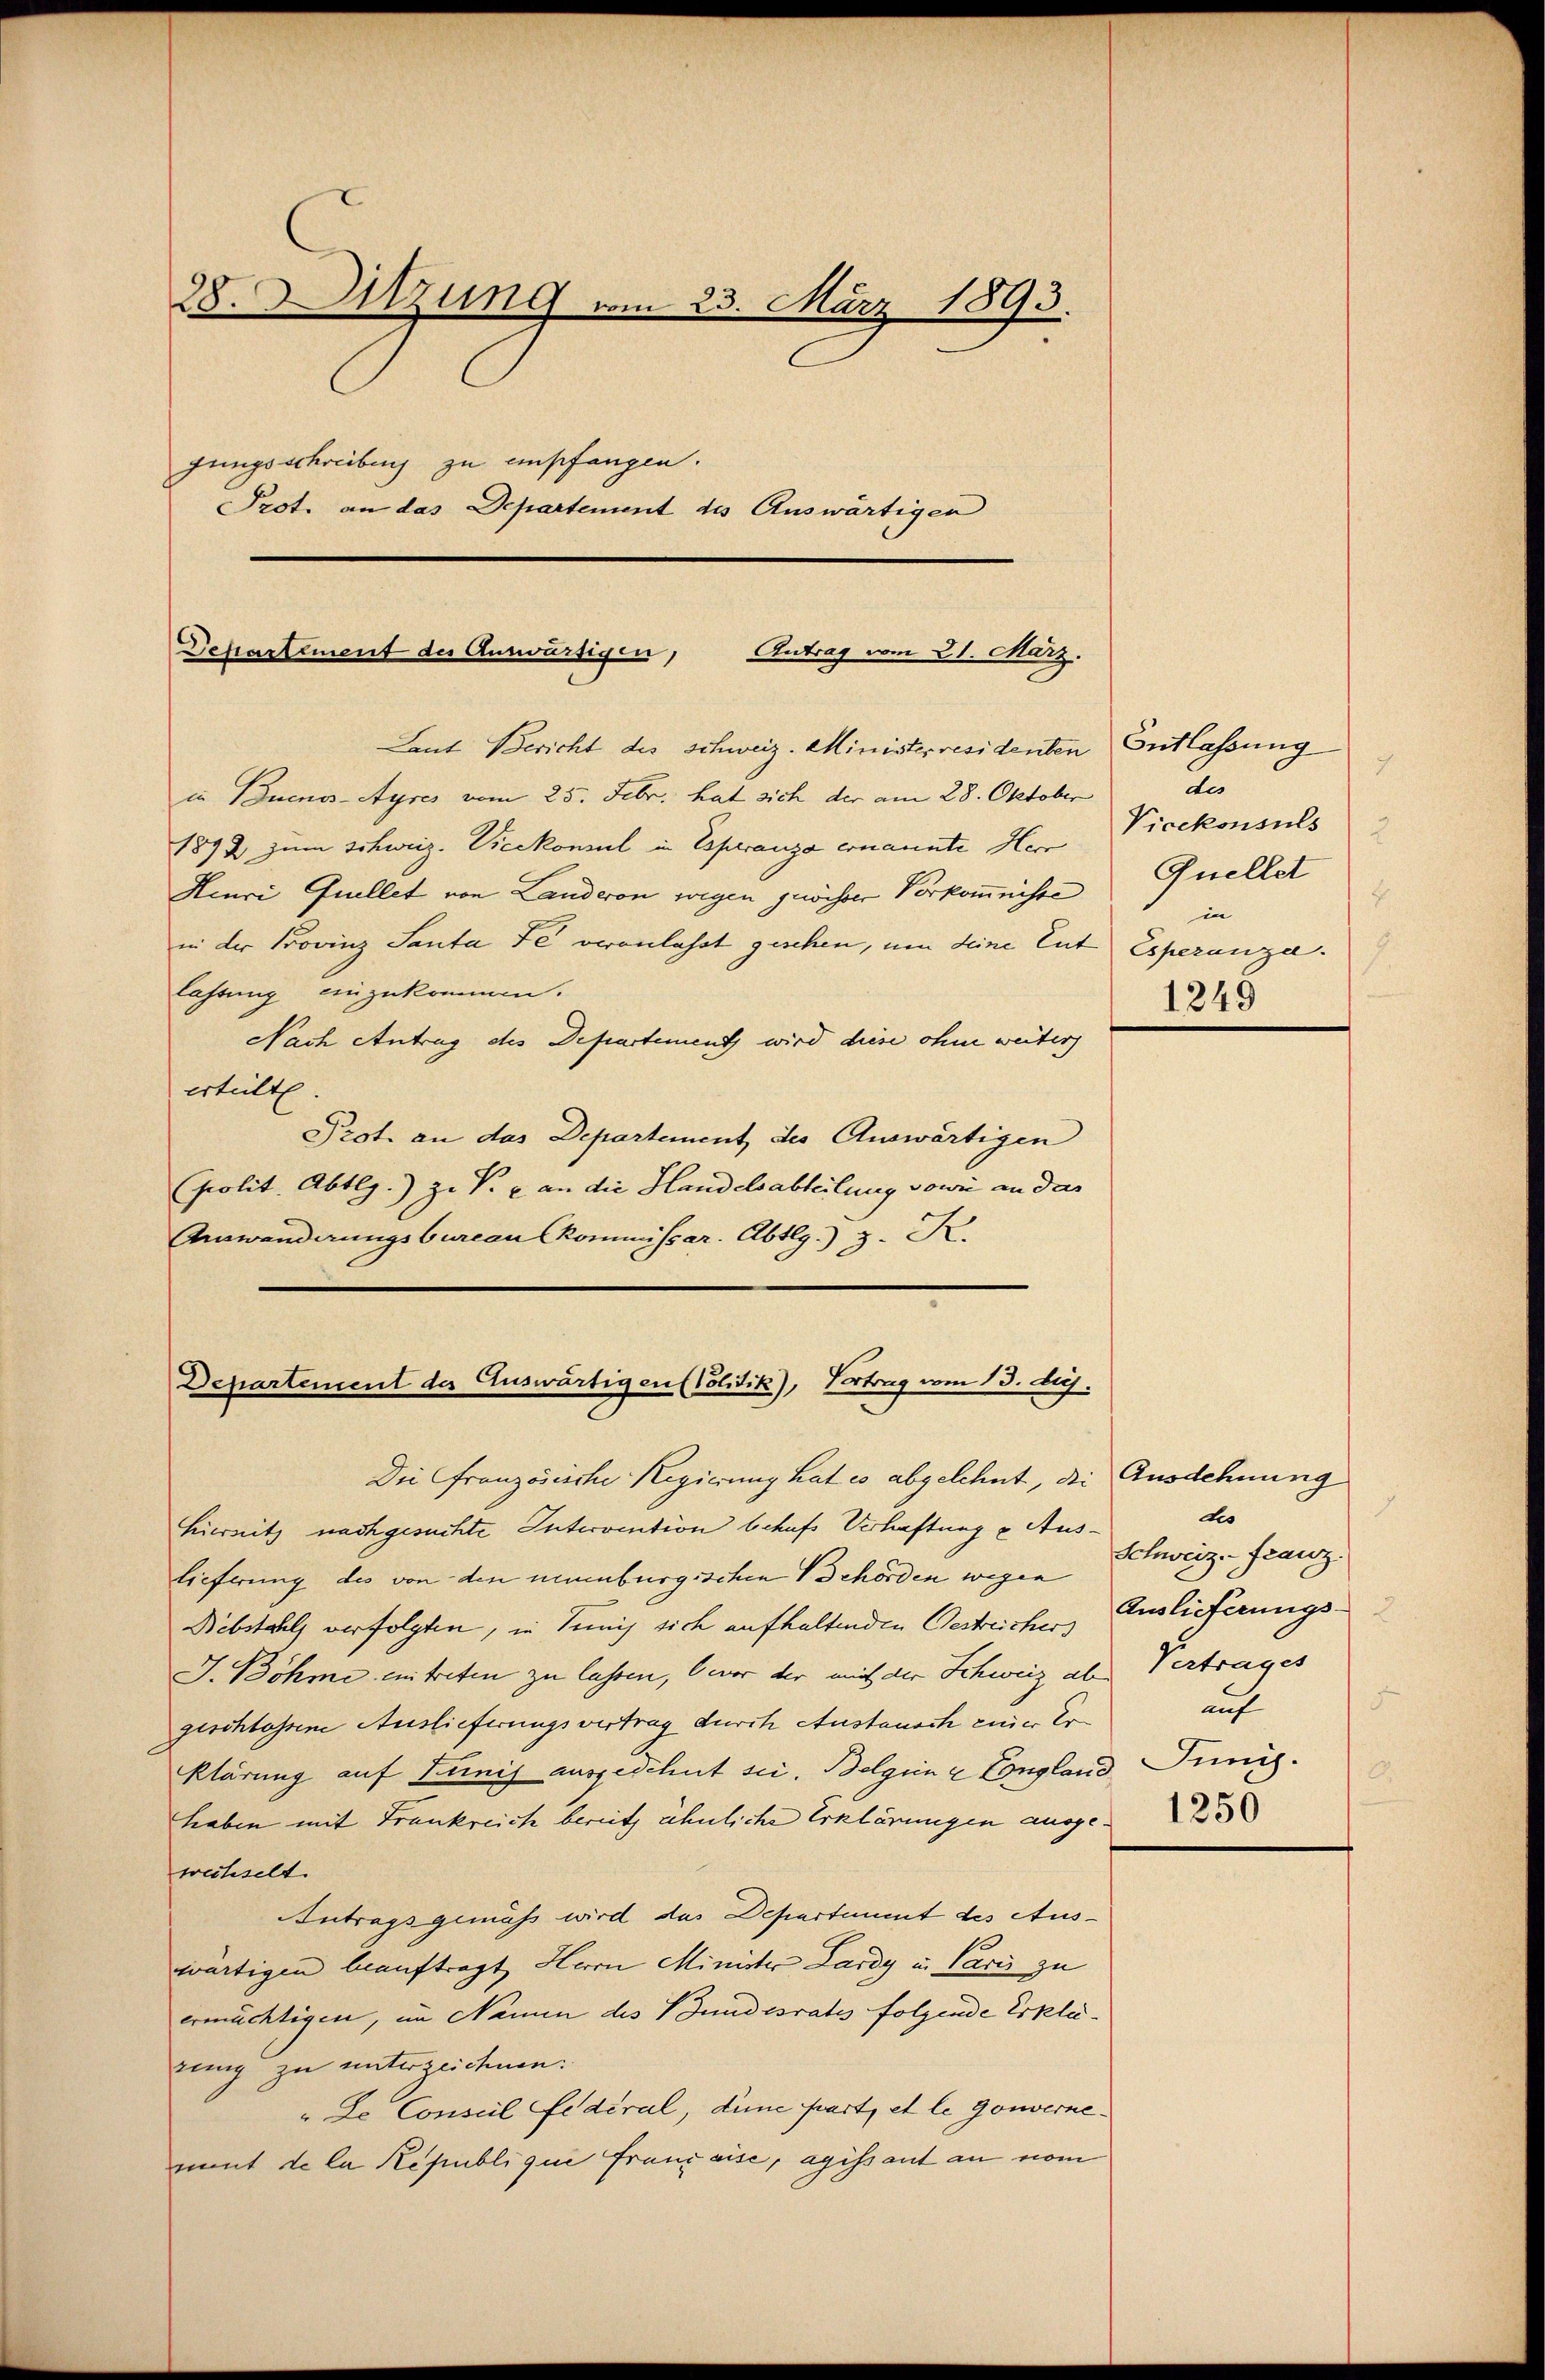
28. Sitzung vom 23. März 1893.
gungsschreibens zu empfangen.
Prot. an das Departement des Auswärtigen

Departement der Auswürfigen, Antrag vom 21. März.

Laut Bericht des Schweiz. Ministerresidenten Entlassung
in Buenos-Ayres vom 25. Febr. hat sich der am 28. Oktober
1892 zum Schweiz. Vicekonsul in Esperanza ernannte Herr
Henri Quellet von Landeron wegen gewisser Vorkommnisse
in der Provinz Santa de veranlasst geschen, um deine Ent
lastung einzukommen.
Nach Antrag des Departement wird diese ohne weiter
erteilt
Prot. an das Departement des Auswärtigen
polit. Abtlg.) zu V. u. an die Handelsabteilung sowie an das
Arnwänderungsbureau Commissar. Abtlg. 3. K.

Departement der Auswärtigen (Politik), Vertrag vom 13. huj.

Die Französische Regierung hat es abgelehnt, die Ausdehnung
Hiersitz nachgesuchte Intervention behufs Verhaftung u Auslieferung des von den neuenburgischen Behörden wegen
Rebstahls verfolgten, in Tunis sich aufhaltenden Oestreicher, Auslieferungs¬
J. Böhme eintreten zu lassen, bevor der mich der Schweiz ab
geschlossene Auslieferungsvertrag durch Austausch einer Erklärung auf Junij ausgedehnt sei. Belgien u Longland Juni.
haben mit Frankreich bereitz ähnliche Erklärungen ausgewechselt.
Antragsgemäß wird das Departement des Aus-
wärtigen beauftragt, Herrn Minister Lardy in Paris zu
ermächtigen, im Namen des Bundesrates folgende Erklärung zu unterzeichnen:
"Le Conseil Federal, dune part, et le Gouvernement de la Republique franzaise, agissant an vom

des
Vicekonsuls
Quellet
in
Esperanza.
1249

tes
Schweiz. Franz.
Vertrages
auch
E
1250